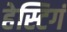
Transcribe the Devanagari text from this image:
हेस्टिगं